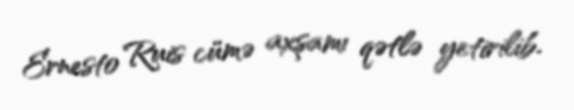
Ernesto Ruis cümə axşamı qətlə yetirilib.